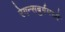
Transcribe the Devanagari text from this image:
रेगन्सबुर्गमध्ये